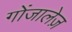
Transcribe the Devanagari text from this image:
गोंजालेज़